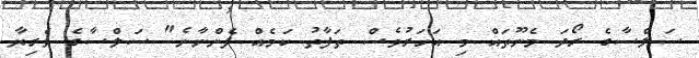
ސަލްސާގެ ރޯދަ މެނޫތައް މި އަހަރުވެސް ތަފާތު ކަމެއް ފެންނާނެ" ސަލްސާގެ ވެރިޔާ